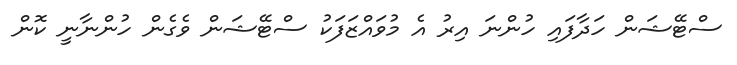
ސްޓޭޝަން ހަދާފައި ހުންނަ އިރު އެ މުވައްޒަފަކު ސްޓޭޝަން ވެގެން ހުންނާނީ ކޮން